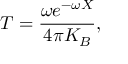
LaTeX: { \cal T } = \frac { \omega e ^ { - \omega X } } { 4 \pi K _ { B } } ,